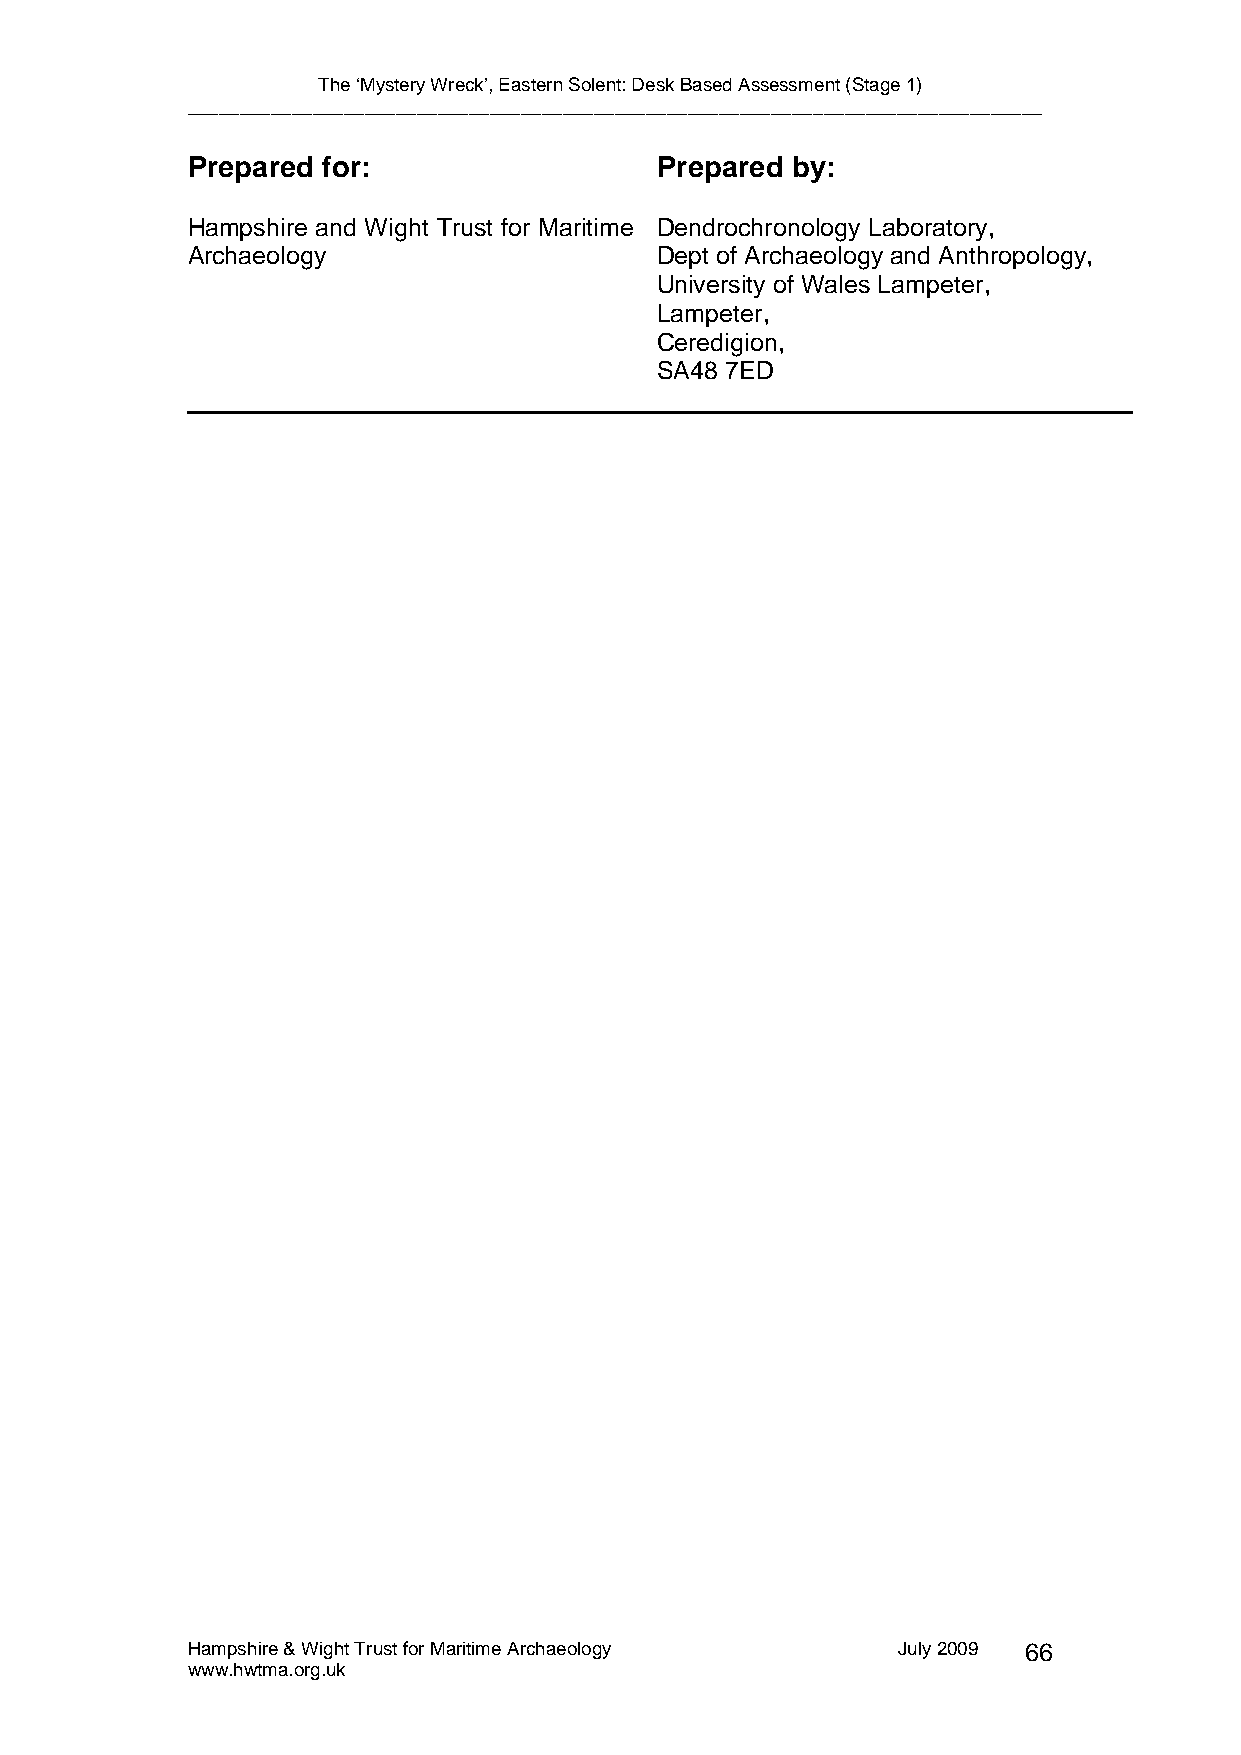
The ‘Mystery Wreck’, Eastern Solent: Desk Based Assessment (Stage 1)
 __________________________________________________________________________________
 Prepared for:                  Prepared by:
 Hampshire and Wight Trust for Maritime Dendrochronology Laboratory,
 Archaeology                    Dept of Archaeology and Anthropology,
 University of Wales Lampeter,
 Lampeter,
 Ceredigion,
 SA48 7ED
 Hampshire & Wight Trust for Maritime Archaeology July 2009 66
 www.hwtma.org.uk